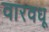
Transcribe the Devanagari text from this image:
वारवधू